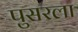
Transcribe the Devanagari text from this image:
पुसरला